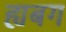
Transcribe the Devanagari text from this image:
ह्यबग